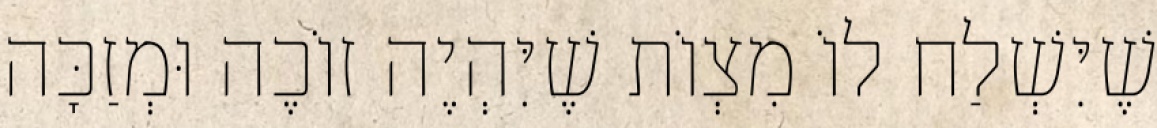
שֶׁיִּשְׁלַח לוֹ מִצְוֹת שֶׁיִּהְיֶה זוֹכֶה וּמְזַכָּה